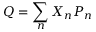
Q = \sum _ { n } X _ { n } P _ { n }